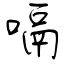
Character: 嗝